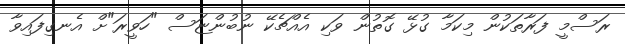
ރަސްމީ ފަރާތަކުން މިކަމާ ގުޅޭ ގޮތުން ވަކި އެއްޗެކޭ ނުބުންޏަސް "ހަވީރަ"ށް އެނގިފައިވާ